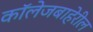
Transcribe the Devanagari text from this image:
कॉलेजबाहेरील